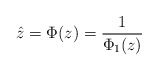
\begin{align*}\hat z=\Phi(z)=\frac{1}{\Phi_1(z)}\end{align*}